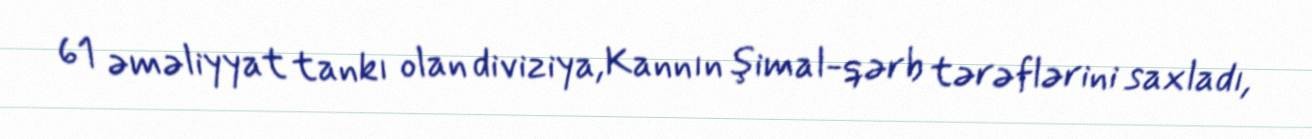
61 əməliyyat tankı olan diviziya,Kannın şimal-qərb tərəflərini saxladı,